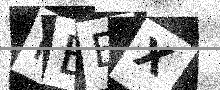
Text: KBEX